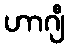
ဟာဂျီ